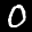
Label: 0